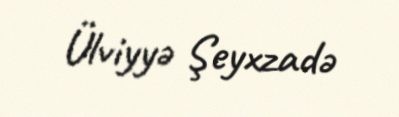
Ülviyyə Şeyxzadə